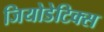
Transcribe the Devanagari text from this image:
जियोडेटिक्स